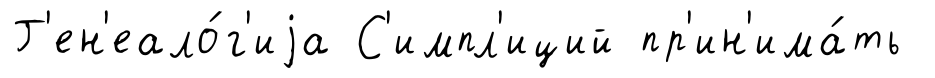
Г'ен'еало́г'иjа С'импл'иций пр'ин'има́ть